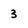
Character: 3